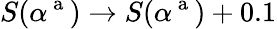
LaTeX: S(\alpha^{\mathrm{~a~}})\rightarrow S(\alpha^{\mathrm{~a~}})+0.1